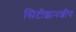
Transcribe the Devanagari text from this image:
सिटीझनशीप